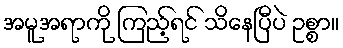
အမူအရာကို ကြည့်ရင် သိနေပြီပဲ ဥစ္စာ။